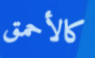
كالأحمق